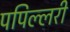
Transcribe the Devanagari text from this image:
पपिल्लरी